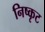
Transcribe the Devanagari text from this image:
निष्कृट